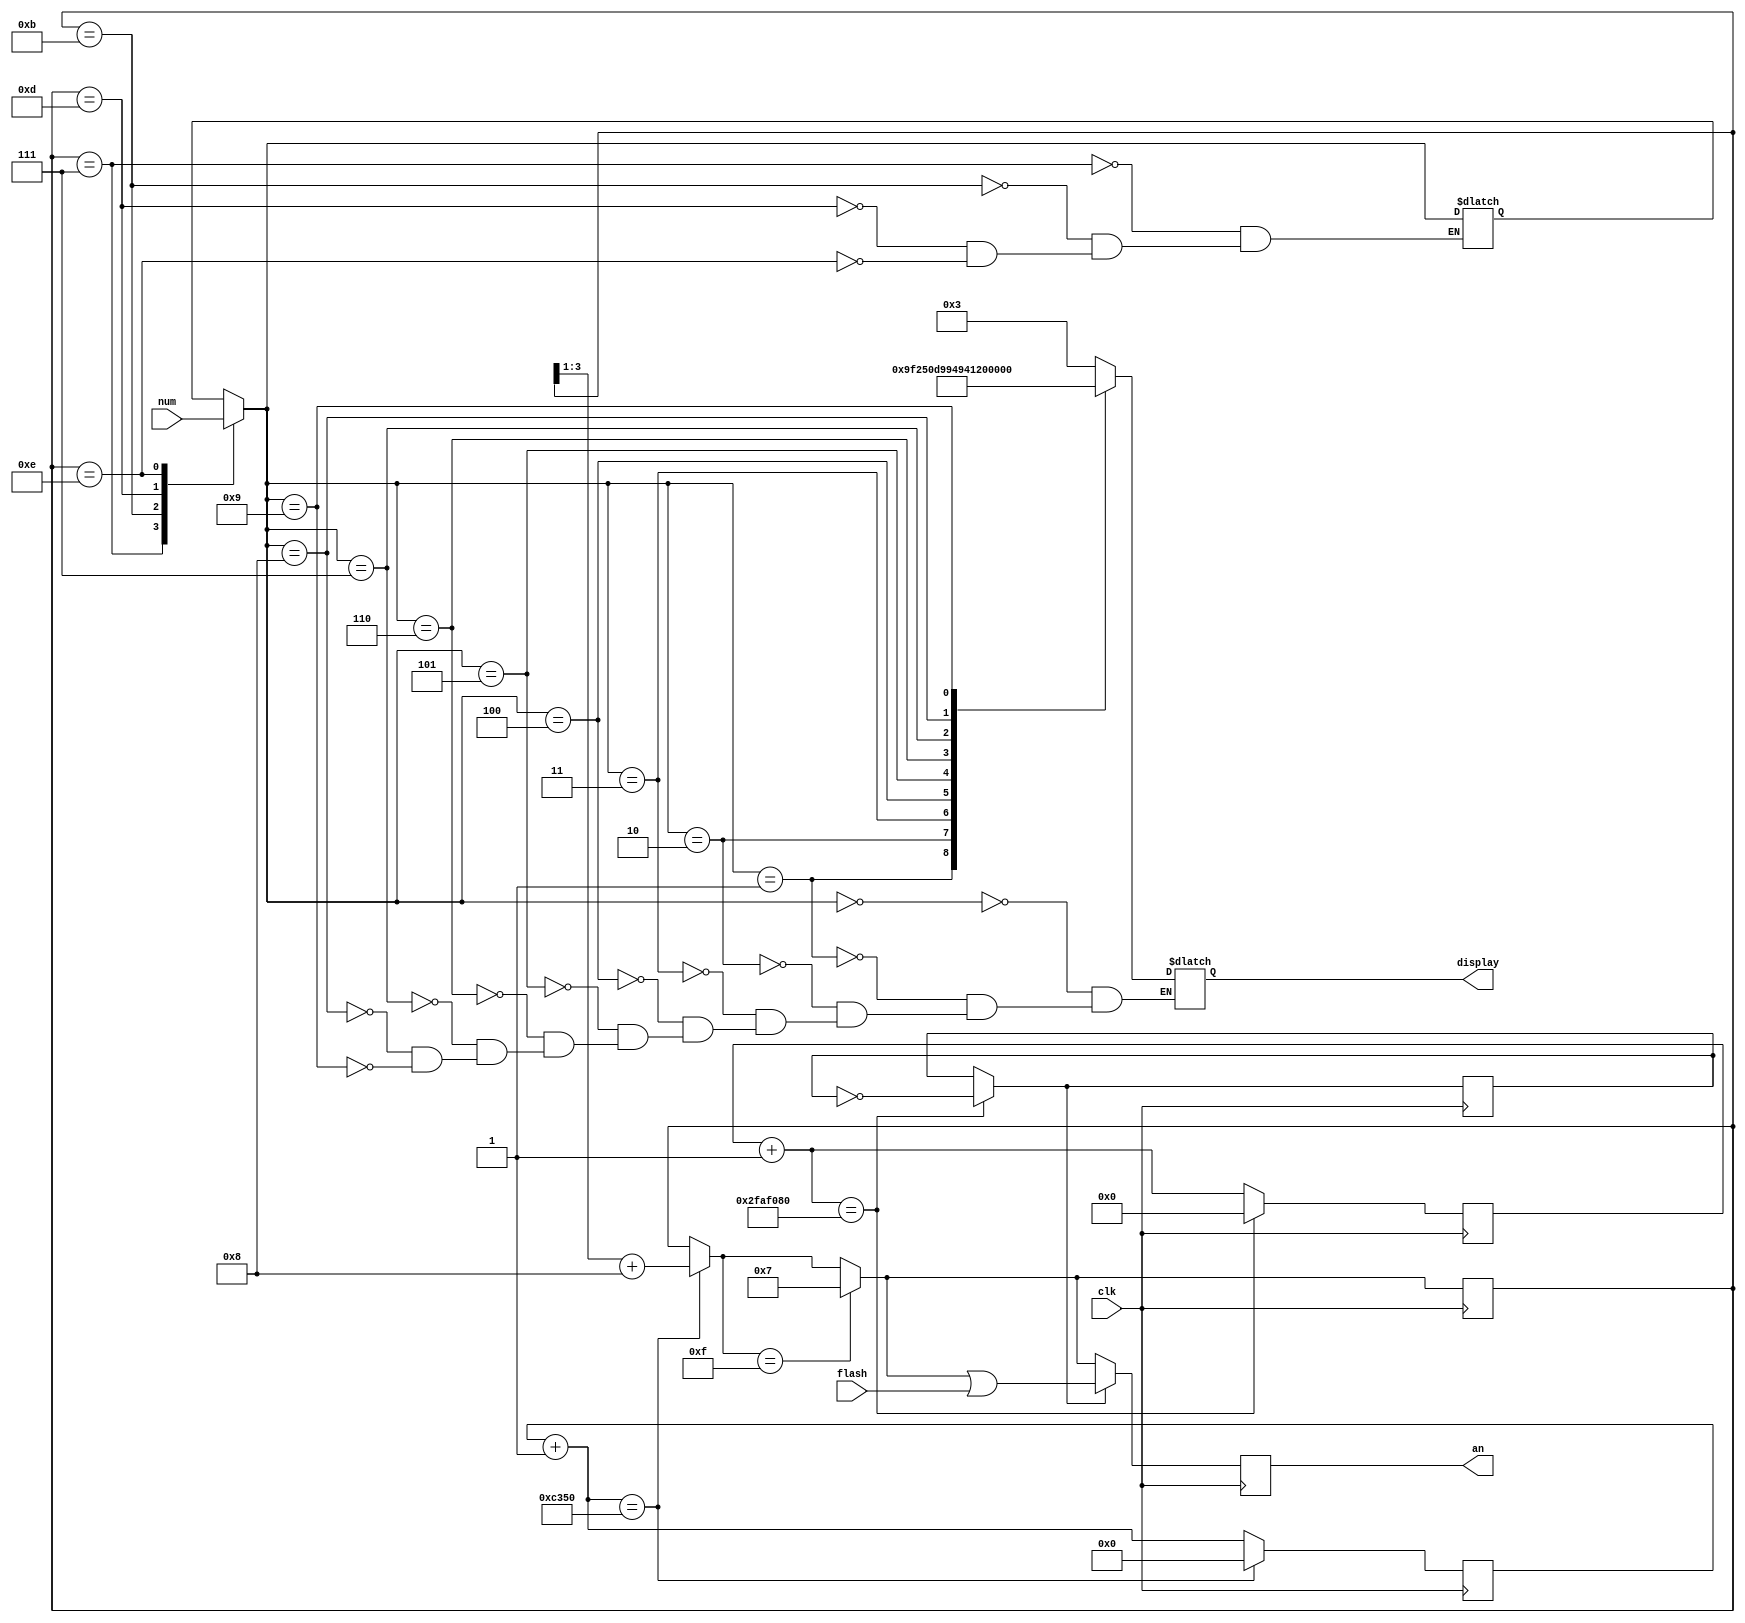
module Print(
  input clk,                 // 
  input [15:0] num,          // 4
  input [3:0] flash,         // 4, , 1 => true, 0 => false
  output reg [7:0] display,  // , 8(CA, CB, CC, CD, CE, CF, CG, DP)
  output reg [3:0] an        // , 4
  );
  
reg flash_state;  // , 1 => 
reg [3:0] tmp;
reg [15:0] counter;
reg [31:0] flash_counter;
reg [3:0] an_tmp;
  
parameter [15:0] MAX_COUNTER = 16'D5_0000;
parameter [31:0] MAX_FLASH_COUNTER = 32'D5000_0000;
  
initial begin
  an_tmp = 4'B0111;
  counter = 0;
  flash_counter = 0;
  flash_state = 0;
end

always@(an_tmp) begin
  case(an_tmp)
    4'B0111: tmp = num[15:12];
    4'B1011: tmp = num[11:8];
    4'B1101: tmp = num[7:4];
    4'B1110: tmp = num[3:0];
  endcase
  case(tmp)
    4'H0: display = 8'B0000_0011;
    4'H1: display = 8'B1001_1111;
    4'H2: display = 8'B0010_0101;
    4'H3: display = 8'B0000_1101;
    4'H4: display = 8'B1001_1001;
    4'H5: display = 8'B0100_1001;
    4'H6: display = 8'B0100_0001;
    4'H7: display = 8'B0001_1111;
    4'H8: display = 8'B0000_0001;
    4'H9: display = 8'B0000_1001;
  endcase
end

always@(posedge clk) begin
  // 
  counter = counter + 1;
  if(counter == MAX_COUNTER) begin
    an_tmp = (an_tmp >> 1) + 4'B1000;
    counter = 0;
  end
  if(an_tmp == 4'B1111) begin
    an_tmp = 4'B0111;
  end
  // 
  flash_counter = flash_counter + 1;
  if(flash_counter == MAX_FLASH_COUNTER) begin
    flash_counter = 0;
    flash_state = ~flash_state;
  end
  // an
  if(flash_state) an = an_tmp | flash;
  else an = an_tmp;
end

endmodule